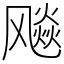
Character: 飚